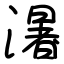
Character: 濐